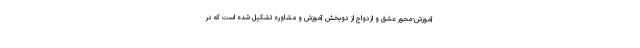
آموزش-محور عشق و ازدواج از دوبخش آموزش و مشاوره تشکیل شده است که در